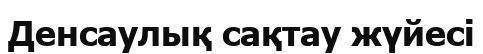
Денсаулық сақтау жүйесі